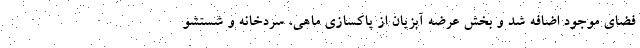
فضای موجود اضافه شد و بخش عرضه آبزیان از پاکسازی ماهی، سردخانه و شستشو